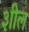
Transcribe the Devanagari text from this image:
३ाील